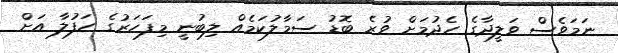
ނަމަވެސް ވަލީދާގެ ހެދުމަށް ވުރެ ބޮޑު ސަމާލުކަމެއް ލިބުނީ މިފަހަރުގެ ހަފުލާ އަށް